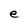
Character: e